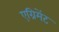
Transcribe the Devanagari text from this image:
एग्रिमेंट